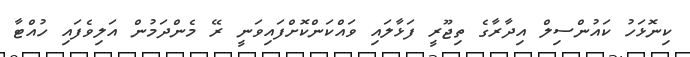
ކިނޮޅަހު ކައުންސިލް އިދާރާގެ ތިޖޫރީ ފަޅާލައި ވައްކަންކޮށްފައިވަނީ ރޭ މެންދަމުން އަލިވެފައި ހުއްޓާ